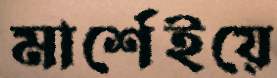
মার্শেইয়ে